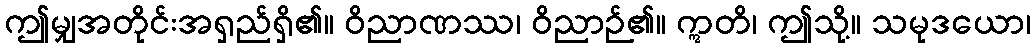
ဤမျှအတိုင်းအရှည်ရှိ၏။ ဝိညာဏဿ၊ ဝိညာဉ်၏။ ဣတိ၊ ဤသို့။ သမုဒယော၊